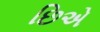
છિએ